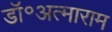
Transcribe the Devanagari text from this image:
डॉ॰अत्माराम